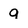
Character: 9